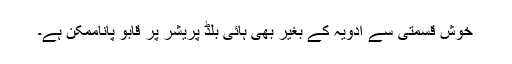
خوش قسمتی سے ادویہ کے بغیر بھی ہائی بلڈ پریشر پر قابو پاناممکن ہے۔